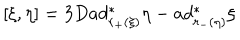
[ \xi , \eta ] = 3 D a d _ { r _ { + } ( \xi ) } ^ { \ast } \eta - a d _ { r _ { - } ( \eta ) } ^ { \ast } \xi